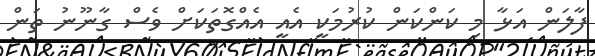
ފާލަން އަޅާ މި ކަންކަން ކުރުމަކީ އެއީ އެއްގޮތަކަށް ވެސް ގާނޫނު ތަން